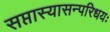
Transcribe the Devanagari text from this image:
सप्तास्यासन्परिधयः